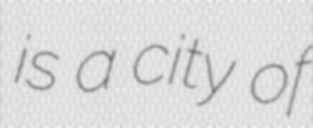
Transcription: is a city of